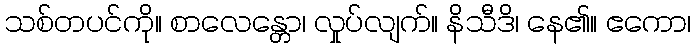
သစ်တပင်ကို။ စာလေန္တော၊ လှုပ်လျက်။ နိသီဒိ၊ နေ၏။ ဧကော၊